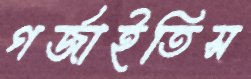
গর্জাইতিস